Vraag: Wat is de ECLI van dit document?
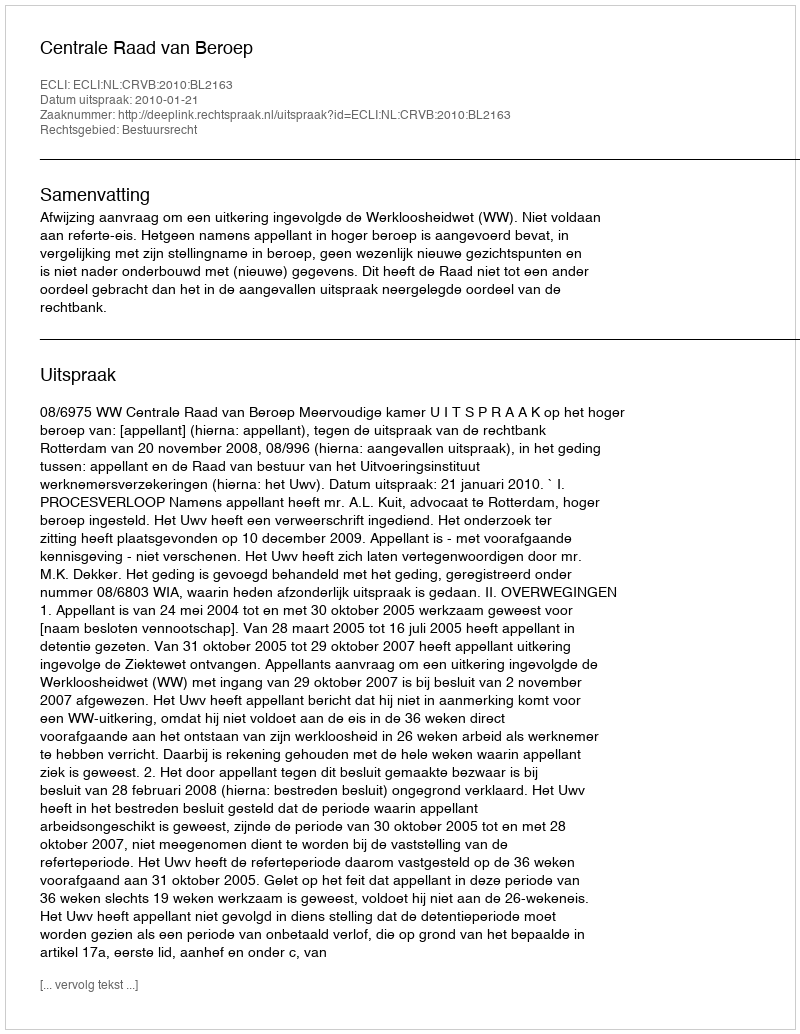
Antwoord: ECLI:NL:CRVB:2010:BL2163